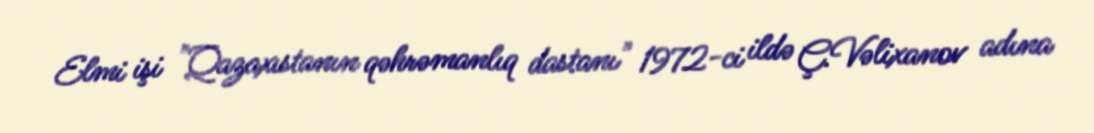
Elmi işi "Qazaxıstanın qəhrəmanlıq dastanı" 1972-ci ildə Ç.Vəlixanov adına